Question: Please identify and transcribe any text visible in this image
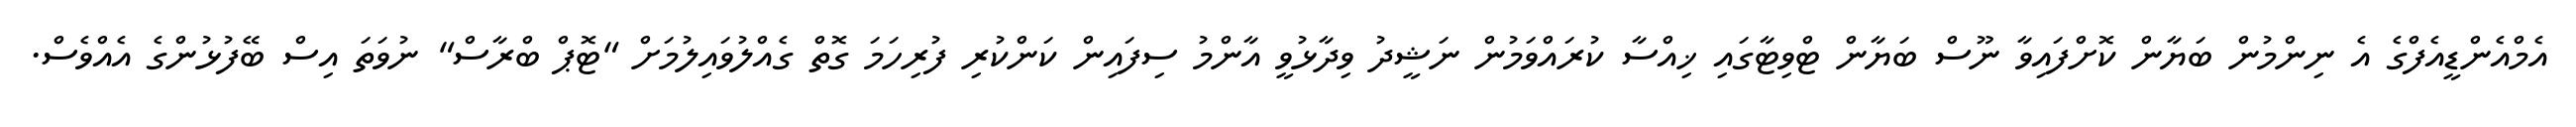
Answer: އެމްއެންޑީއެފްގެ އެ ނިންމުން ބަޔާން ކޮށްފައިވާ ނޫސް ބަޔާން ޓްވިޓާގައި ޚިއްސާ ކުރައްވަމުން ނަޝީދު ވިދާޅުވީ އާންމު ސިފައިން ކަންކުރި ފުރިހަމަ ގޮތް ގެއްލުވައިލުމަށް "ޓޮޕް ބްރާސް" ނުވަތަ އިސް ބޭފުޅުންގެ އެއްވެސް.